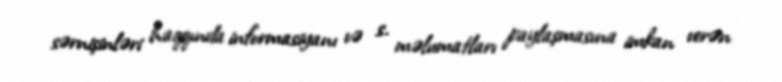
sərnişinləri haqqında informasiyanı və s. məlumatları paylaşmasına imkan verən